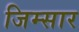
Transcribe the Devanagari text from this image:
जिम्सार